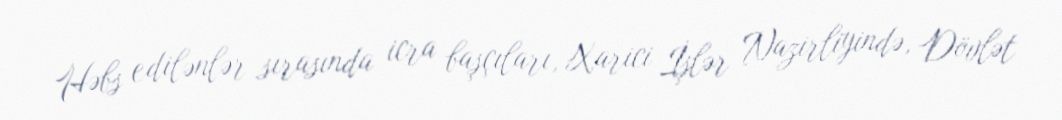
Həbs edilənlər sırasında icra başçıları, Xarici İşlər Nazirliyində, Dövlət